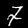
Label: 7